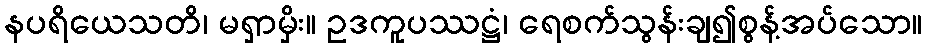
နပရိယေသတိ၊ မရှာမှိး။ ဥဒကူပဿဋ္ဌံ၊ ရေစက်သွန်းချ၍စွန့်အပ်သော။